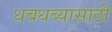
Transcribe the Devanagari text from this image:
धबधब्यासाठी